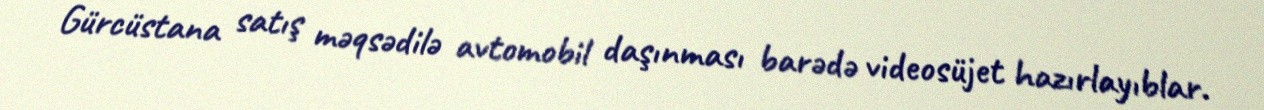
Gürcüstana satış məqsədilə avtomobil daşınması barədə videosüjet hazırlayıblar.